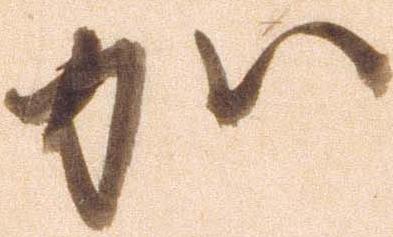
加